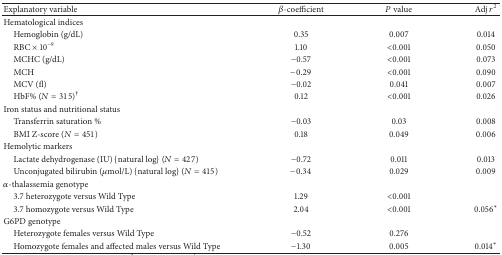
<table><thead><tr><td><b>Explanatory variable</b></td><td><b>β-coefficient</b></td><td><b><i>P</i> value</b></td><td><b>Adj <i>r</i><sup>2</sup></b></td></tr></thead><tbody><tr><td>Hematological indices</td><td> </td><td> </td><td> </td></tr><tr><td> Hemoglobin (g/dL)</td><td>0.35</td><td>0.007</td><td>0.014</td></tr><tr><td> RBC × 10<sup>−9</sup></td><td>1.10</td><td>&lt;0.001</td><td>0.050</td></tr><tr><td> MCHC (g/dL)</td><td>−0.57</td><td>&lt;0.001</td><td>0.073</td></tr><tr><td> MCH </td><td>−0.29</td><td>&lt;0.001</td><td>0.090</td></tr><tr><td> MCV (fl)</td><td>−0.02</td><td>0.041</td><td>0.007</td></tr><tr><td> HbF% (<i>N</i> = 315)<sup>†</sup></td><td>0.12</td><td>&lt;0.001</td><td>0.026</td></tr><tr><td>Iron status and nutritional status</td><td> </td><td> </td><td> </td></tr><tr><td> Transferrin saturation %</td><td>−0.03</td><td>0.03</td><td>0.008</td></tr><tr><td> BMI Z-score (<i>N</i> = 451)</td><td>0.18</td><td>0.049</td><td>0.006</td></tr><tr><td>Hemolytic markers</td><td> </td><td> </td><td> </td></tr><tr><td> Lactate dehydrogenase (IU) {natural log} (<i>N</i> = 427)</td><td>−0.72</td><td>0.011</td><td>0.013</td></tr><tr><td> Unconjugated bilirubin (<i>μ</i>mol/L) {natural log} (<i>N</i> = 415)</td><td>−0.34</td><td>0.029</td><td>0.009</td></tr><tr><td><i>α</i>-thalassemia genotype</td><td> </td><td> </td><td> </td></tr><tr><td> 3.7 heterozygote versus Wild Type</td><td>1.29</td><td>&lt;0.001</td><td> </td></tr><tr><td> 3.7 homozygote versus Wild Type </td><td>2.04</td><td>&lt;0.001</td><td>0.056*</td></tr><tr><td>G6PD genotype</td><td> </td><td> </td><td> </td></tr><tr><td> Heterozygote females versus Wild Type</td><td>−0.52</td><td>0.276</td><td> </td></tr><tr><td> Homozygote females and affected males versus Wild Type</td><td>−1.30</td><td>0.005</td><td>0.014*</td></tr></tbody></table>